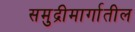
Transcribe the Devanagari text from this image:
समुद्रीमार्गातील